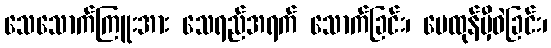
သေသောက်ကြူးအား သေရည်အရက် သောက်ခြင်း၊ မေထုန်မှီဝဲခြင်း၊